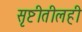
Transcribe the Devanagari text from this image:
सृष्टीतीलही